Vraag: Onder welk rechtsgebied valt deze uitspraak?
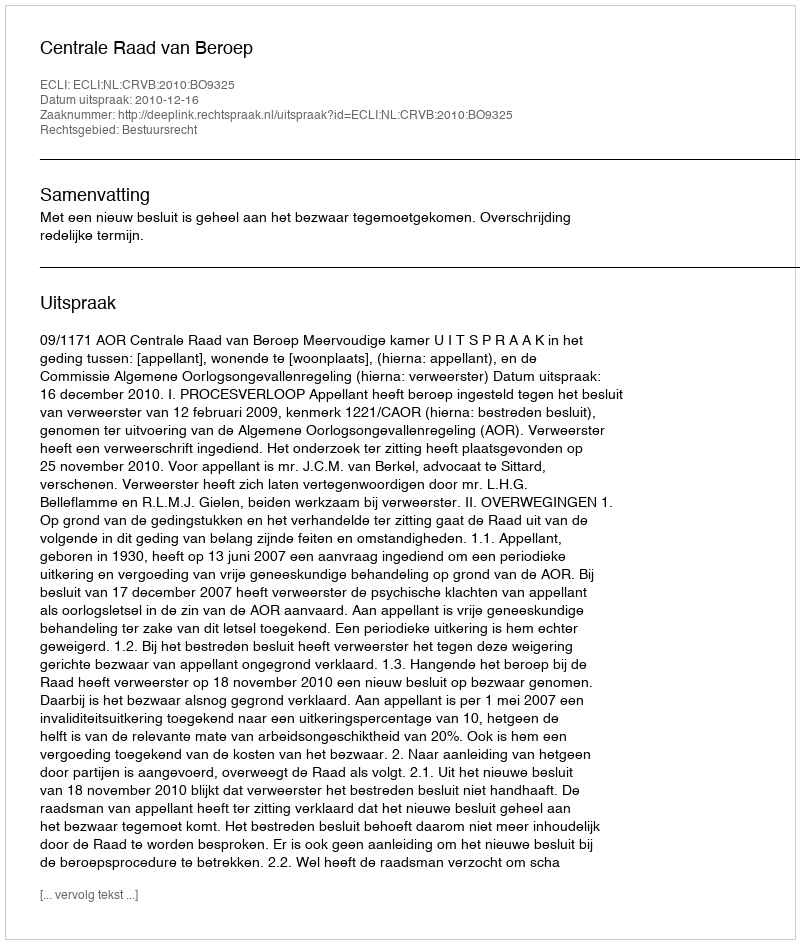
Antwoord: Bestuursrecht